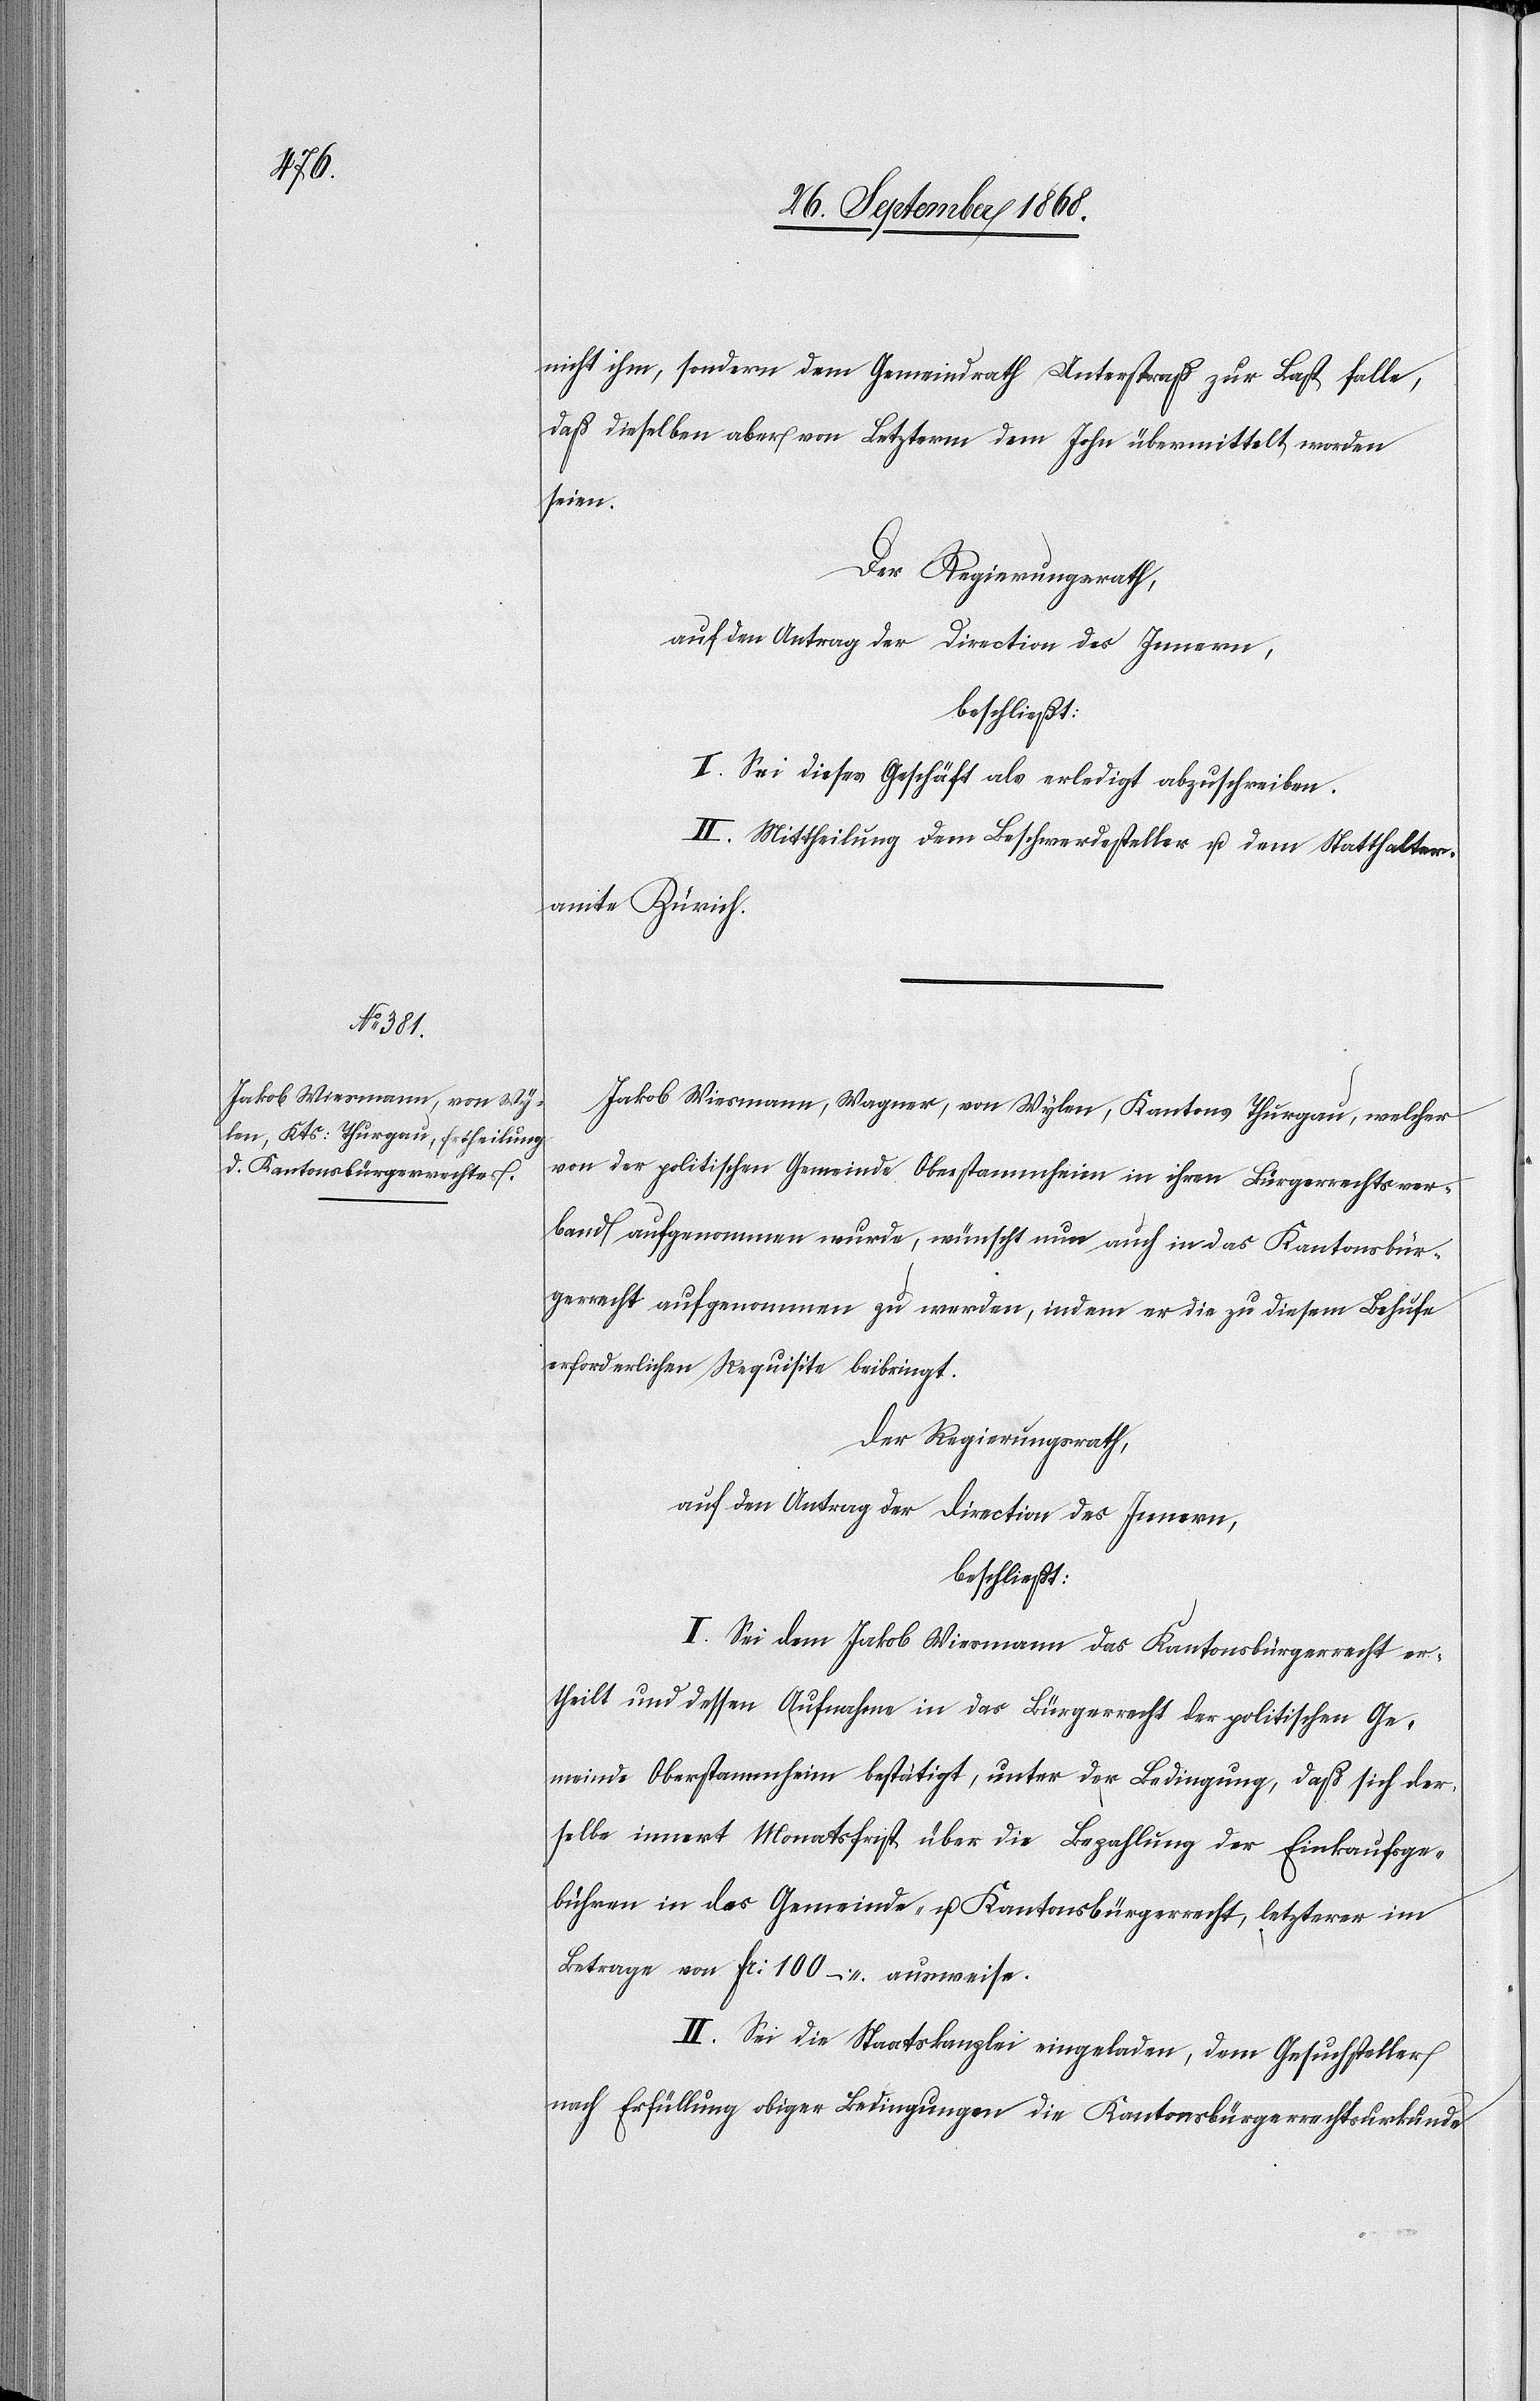
nicht ihm, sondern dem Gemeindrath Unterstraß zur Last falle,
daß dieselben aber von Letzterm dem John übermittelt worden
seien.
Der Regierungsrath,
auf den Antrag der Direction des Innern,
beschließt:
I. Sei dieses Geschäft als erledigt abzuschreiben.
II. Mittheilung dem Beschwerdesteller u. dem Statthalter¬
amte Zürich.
Jakob Wiesmann, Wagner, von Wylen, Kantons Thurgau, welcher
von der politischen Gemeinde Oberstammheim in ihren Bürgerrechtsver¬
band aufgenommen wurde, wünscht nun auch in das Kantonsbür¬
gerrecht aufgenommen zu werden, indem er die zu diesem Behufe
erforderlichen Requisite beibringt.
Der Regierungsrath,
auf den Antrag der Direction des Innern,
beschließt:
I. Sei dem Jakob Wiesmann das Kantonsbürgerrecht er¬
theilt und dessen Aufnahme in das Bürgerrecht der politischen Ge¬
meinde Oberstammheim bestätigt, unter der Bedingung, daß sich der¬
selbe innert Monatsfrist über die Bezahlung der Einkaufsge¬
bühren in das Gemeinde- u. Kantonsbürgerrecht, letzterer im
Betrage von Fr: 100 – ausweise.
II. Sei die Staatskanzlei eingeladen, dem Gesuchsteller
nach Erfüllung obiger Bedingungen die Kantonsbürgerrechtsurkunde